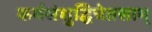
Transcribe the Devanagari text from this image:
कर्मसंशुद्धिचेतसाम्